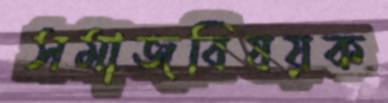
সমাজবিষয়ক